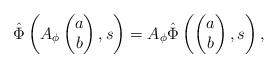
LaTeX: \begin{align*}\hat \Phi \left(A_\phi \begin{pmatrix}a\\ b\end{pmatrix}, s\right) = A_\phi \hat \Phi\left(\begin{pmatrix} a\\b \end{pmatrix}, s\right),\end{align*}